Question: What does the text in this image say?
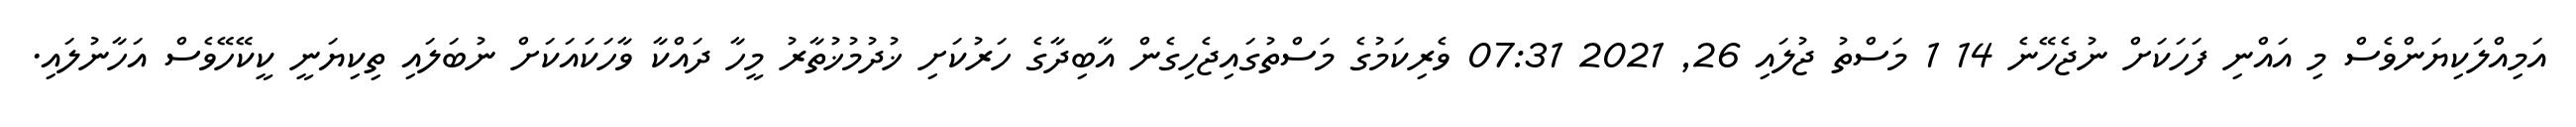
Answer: އަމިއްލަކިޔަންވެސް މި އައްނި ފަހަކަށް ނުޖެހޭނެ 14 1 މަސްތު ޖުލައި 26, 2021 07:31 ވެރިކަމުގެ މަސްތުގައިޖެހިގެން އާބިދާގެ ހަރުކަށި ޚުދުމުޚުތާރު މީހާ ދައްކާ ވާހަކައަކަށް ނުބަލައި ތިކިޔަނީ ކީކޭހޭވެސް އަހާނުލައި.